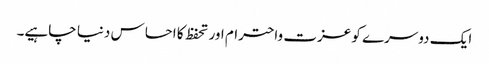
ایک دوسرے کو عزت واحترام اور تحفظ کا احساس دنیا چاہیے۔